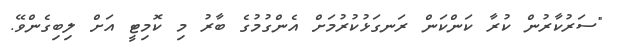
"ސަރުކާރުން ކުރާ ކަންކަން ރަނގަޅުކުރުމަށް އެންގުމުގެ ބާރު މި ކޮމިޓީ އަށް ލިބިގެންވޭ.